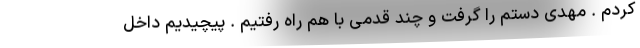
کردم . مهدی دستم را گرفت و چند قدمی با هم راه رفتیم . پیچیدیم داخل